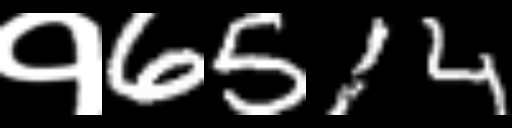
Text: १6514